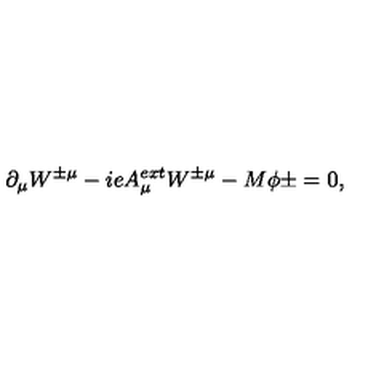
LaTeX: \partial _ { \mu } W ^ { \pm \mu } - i e A _ { \mu } ^ { e x t } W ^ { \pm \mu } - M \phi { \pm } = 0 ,